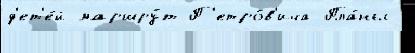
д'ет'е́й маршру́т П'етро́в'ича Пла́ны